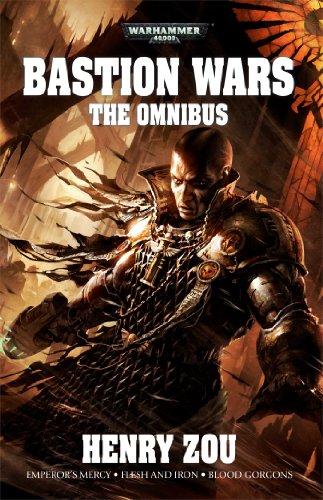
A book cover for The Bastion Wars (Warhammer 40,000 Novels); Henry Zou; Science Fiction & Fantasy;